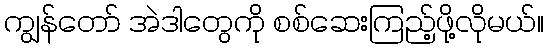
ကျွန်တော် အဲဒါတွေကို စစ်ဆေးကြည့်ဖို့လိုမယ်။